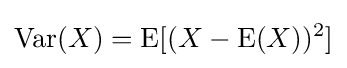
\operatorname {Var} (X)=\operatorname {E} [(X-\operatorname {E} (X))^{2}]